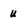
Character: u